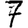
Digit: 7